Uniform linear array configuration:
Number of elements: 8
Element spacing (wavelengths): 0.5
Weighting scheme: cosine
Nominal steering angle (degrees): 15
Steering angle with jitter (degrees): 13.132
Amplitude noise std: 0.05
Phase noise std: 0.05

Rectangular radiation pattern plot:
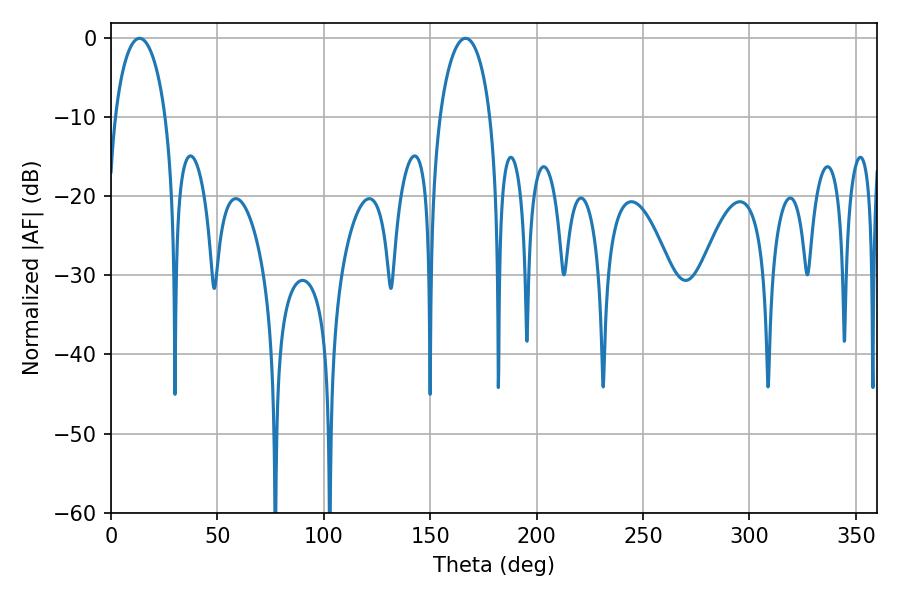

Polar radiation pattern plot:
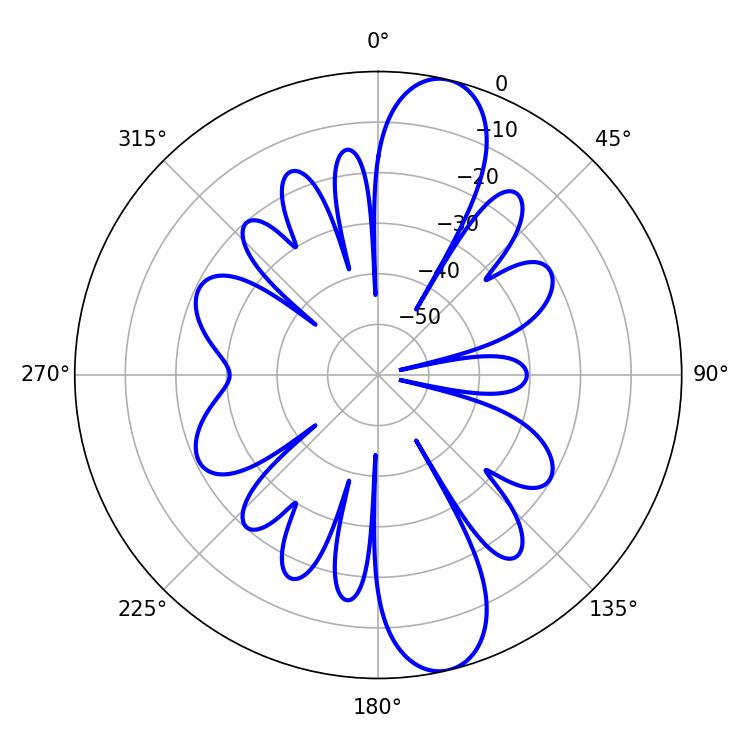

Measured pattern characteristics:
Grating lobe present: FALSE
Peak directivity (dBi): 12.408
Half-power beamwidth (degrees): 13.68
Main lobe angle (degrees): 13.5